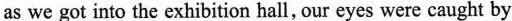
as we got into the exhibition hall our eyes were caught by